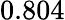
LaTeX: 0.804